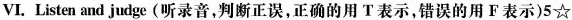
VI. Listen and judge (听录音,判断正误,正确的用 T表示,错误的用 F表示)5☆